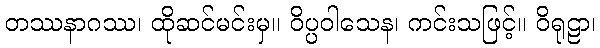
တဿနာဂဿ၊ ထိုဆင်မင်းမှ။ ဝိပ္ပဝါသေန၊ ကင်းသဖြင့်။ ဝိရုဠာ၊